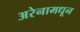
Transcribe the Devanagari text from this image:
अरेनामधून